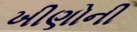
ખીણોની